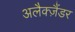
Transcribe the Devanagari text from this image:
अलैक्‍ज़ैंडर